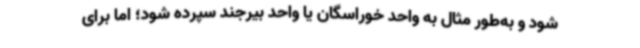
شود و به‌طور مثال به واحد خوراسگان یا واحد بیرجند سپرده شود؛ اما برای